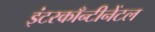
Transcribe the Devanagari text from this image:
इंटरकाँन्टीनेंटल